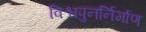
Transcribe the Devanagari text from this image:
विश्वपुनर्निर्माण